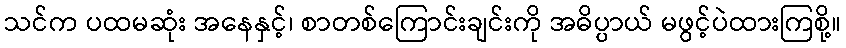
သင်က ပထမဆုံး အနေနှင့်၊ စာတစ်ကြောင်းချင်းကို အဓိပ္ပာယ် မဖွင့်ပဲထားကြစို့။